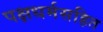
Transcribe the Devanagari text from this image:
पक्षधर्मसहित